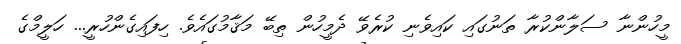
މީހުންނާ ސަލާންކުރާ ތަނުގައި ކައިވެނި ކުރެވޭ ދެމީހުން ތިބޭ މަޤާމުގައެވެ. ހިފައިގެންހުރީ... ހަލީމްގެ